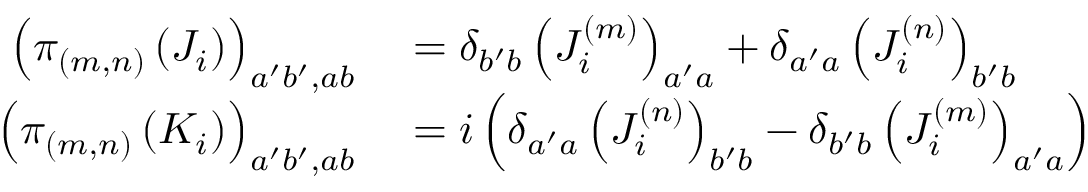
\begin{array} { r l } { \left( \pi _ { ( m , n ) } \left( J _ { i } \right) \right) _ { a ^ { \prime } b ^ { \prime } , a b } } & { { } = \delta _ { b ^ { \prime } b } \left( J _ { i } ^ { ( m ) } \right) _ { a ^ { \prime } a } + \delta _ { a ^ { \prime } a } \left( J _ { i } ^ { ( n ) } \right) _ { b ^ { \prime } b } } \\ { \left( \pi _ { ( m , n ) } \left( K _ { i } \right) \right) _ { a ^ { \prime } b ^ { \prime } , a b } } & { { } = i \left( \delta _ { a ^ { \prime } a } \left( J _ { i } ^ { ( n ) } \right) _ { b ^ { \prime } b } - \delta _ { b ^ { \prime } b } \left( J _ { i } ^ { ( m ) } \right) _ { a ^ { \prime } a } \right) } \end{array}